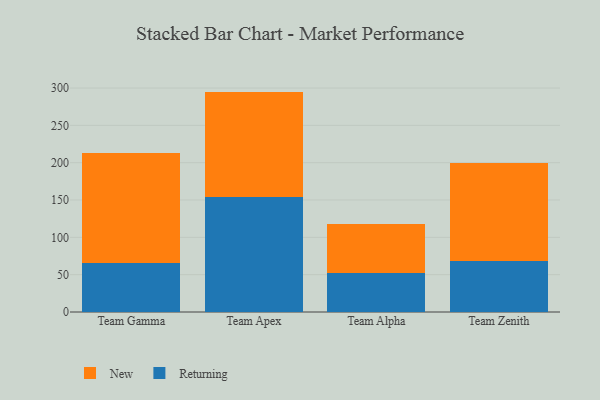
{"axis": {"x": "Team", "y": "Backlog"}, "legend": ["New", "Returning"], "data": [{"x": "Team Gamma", "y": 65.8, "type": "Returning"}, {"x": "Team Gamma", "y": 147.8, "type": "New"}, {"x": "Team Apex", "y": 154.3, "type": "Returning"}, {"x": "Team Apex", "y": 140.9, "type": "New"}, {"x": "Team Alpha", "y": 52.4, "type": "Returning"}, {"x": "Team Alpha", "y": 65.3, "type": "New"}, {"x": "Team Zenith", "y": 68.4, "type": "Returning"}, {"x": "Team Zenith", "y": 130.8, "type": "New"}]}